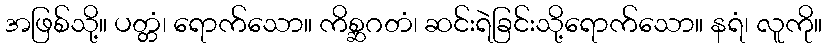
အဖြစ်သို့။ ပတ္တံ၊ ရောက်သော။ ကိစ္ဆဂတံ၊ ဆင်းရဲခြင်းသို့ရောက်သော။ နရံ၊ လူကို။